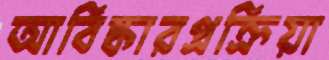
আবিষ্কারপ্রক্রিয়া